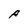
Character: P